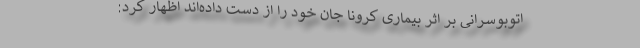
اتوبوسرانی بر اثر بیماری کرونا جان خود را از دست داده‌اند اظهار کرد: